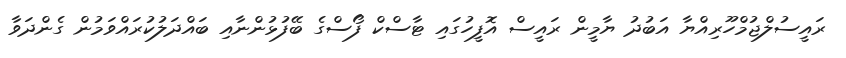
ރައީސުލްޖުމްހޫރިއްޔާ އަބުދު ޔާމީން ރައީސް އޮފީހުގައި ޓާސްކް ފޯސްގެ ބޭފުޅުންނާއި ބައްދަލުކުރައްވަމުން ގެންދަވާ